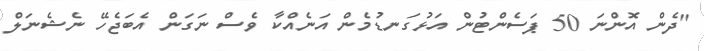
"ދެން އޮންނަ 50 ޕަސެންޓުން އަޅުގަނޑުމެން އަނެއްކާ ވެސް ނަގަން އެބަޖެހޭ ނެޝެނަލް